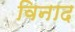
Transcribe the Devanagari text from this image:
विनाद